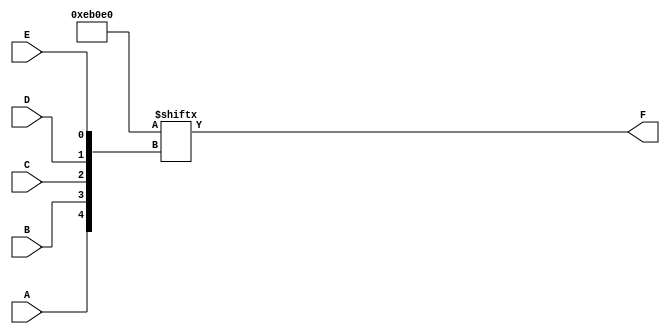
module five_variable_kmap (
    input wire A,      // Input A
    input wire B,      // Input B
    input wire C,      // Input C
    input wire D,      // Input D
    input wire E,      // Input E
    output wire F      // Output F
);

// K-map initialization with 32 possible combinations (32 cells for 5 variables)
reg [31:0] kmap;

// Initialize the K-map (you may change values based on your K-map)
initial begin
    // Example K-map filled with arbitrary values
    // This is where you would specify the output for each combination
    kmap[0]  = 1'b0; // A=0, B=0, C=0, D=0, E=0
    kmap[1]  = 1'b0; // A=0, B=0, C=0, D=0, E=1
    kmap[2]  = 1'b0; // A=0, B=0, C=0, D=1, E=0
    kmap[3]  = 1'b0; // A=0, B=0, C=0, D=1, E=1
    kmap[4]  = 1'b0; // A=0, B=0, C=1, D=0, E=0
    kmap[5]  = 1'b1; // A=0, B=0, C=1, D=0, E=1
    kmap[6]  = 1'b1; // A=0, B=0, C=1, D=1, E=0
    kmap[7]  = 1'b1; // A=0, B=0, C=1, D=1, E=1
    kmap[8]  = 1'b0; // A=0, B=1, C=0, D=0, E=0
    kmap[9]  = 1'b0; // A=0, B=1, C=0, D=0, E=1
    kmap[10] = 1'b0; // A=0, B=1, C=0, D=1, E=0
    kmap[11] = 1'b0; // A=0, B=1, C=0, D=1, E=1
    kmap[12] = 1'b1; // A=0, B=1, C=1, D=0, E=0
    kmap[13] = 1'b1; // A=0, B=1, C=1, D=0, E=1
    kmap[14] = 1'b0; // A=0, B=1, C=1, D=1, E=0
    kmap[15] = 1'b1; // A=0, B=1, C=1, D=1, E=1
    kmap[16] = 1'b0; // A=1, B=0, C=0, D=0, E=0
    kmap[17] = 1'b1; // A=1, B=0, C=0, D=0, E=1
    kmap[18] = 1'b1; // A=1, B=0, C=0, D=1, E=0
    kmap[19] = 1'b1; // A=1, B=0, C=0, D=1, E=1
    kmap[20] = 1'b0; // A=1, B=0, C=1, D=0, E=0
    kmap[21] = 1'b0; // A=1, B=0, C=1, D=0, E=1
    kmap[22] = 1'b0; // A=1, B=0, C=1, D=1, E=0
    kmap[23] = 1'b0; // A=1, B=0, C=1, D=1, E=1
    kmap[24] = 1'b0; // A=1, B=1, C=0, D=0, E=0
    kmap[25] = 1'b0; // A=1, B=1, C=0, D=0, E=1
    kmap[26] = 1'b0; // A=1, B=1, C=0, D=1, E=0
    kmap[27] = 1'b0; // A=1, B=1, C=0, D=1, E=1
    kmap[28] = 1'b0; // A=1, B=1, C=1, D=0, E=0
    kmap[29] = 1'b0; // A=1, B=1, C=1, D=0, E=1
    kmap[30] = 1'b0; // A=1, B=1, C=1, D=1, E=0
    kmap[31] = 1'b0; // A=1, B=1, C=1, D=1, E=1
end

// F is determined by the current values of A, B, C, D, and E
assign F = kmap[{A, B, C, D, E}];

endmodule